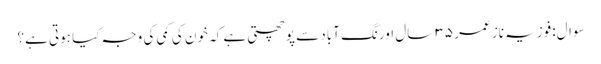
سوال:فوزیہ ناز عمر ۳۵ سال اورنگ آباد سے پوچھتی ہے کہ خون کی کمی کی وجہ کیا ہوتی ہے؟